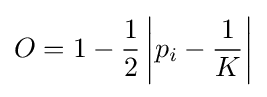
O=1-{\frac {1}{2}}\left|p_{i}-{\frac {1}{K}}\right|